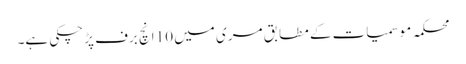
محکمہ موسمیات کے مطابق مری میں 10 انچ برف پڑچکی ہے۔